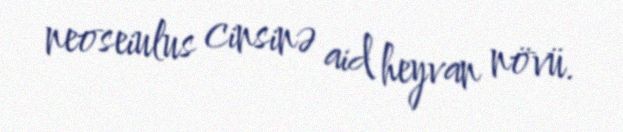
neoseiulus cinsinə aid heyvan növü.